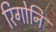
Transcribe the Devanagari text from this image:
रिगोनि